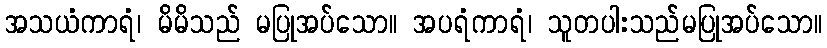
အသယံကာရံ၊ မိမိသည် မပြုအပ်သော။ အပရံကာရံ၊ သူတပါးသည်မပြုအပ်သော။